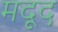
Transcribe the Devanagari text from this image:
मदूद